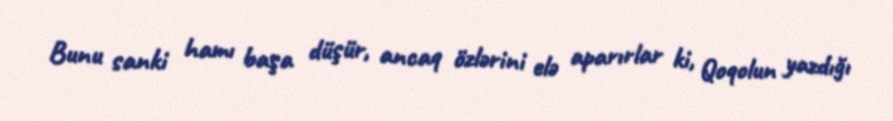
Bunu sanki hamı başa düşür, ancaq özlərini elə aparırlar ki, Qoqolun yazdığı